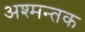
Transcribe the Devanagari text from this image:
अश्मन्तक